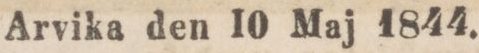
Arvika den 10 Maj 1844.